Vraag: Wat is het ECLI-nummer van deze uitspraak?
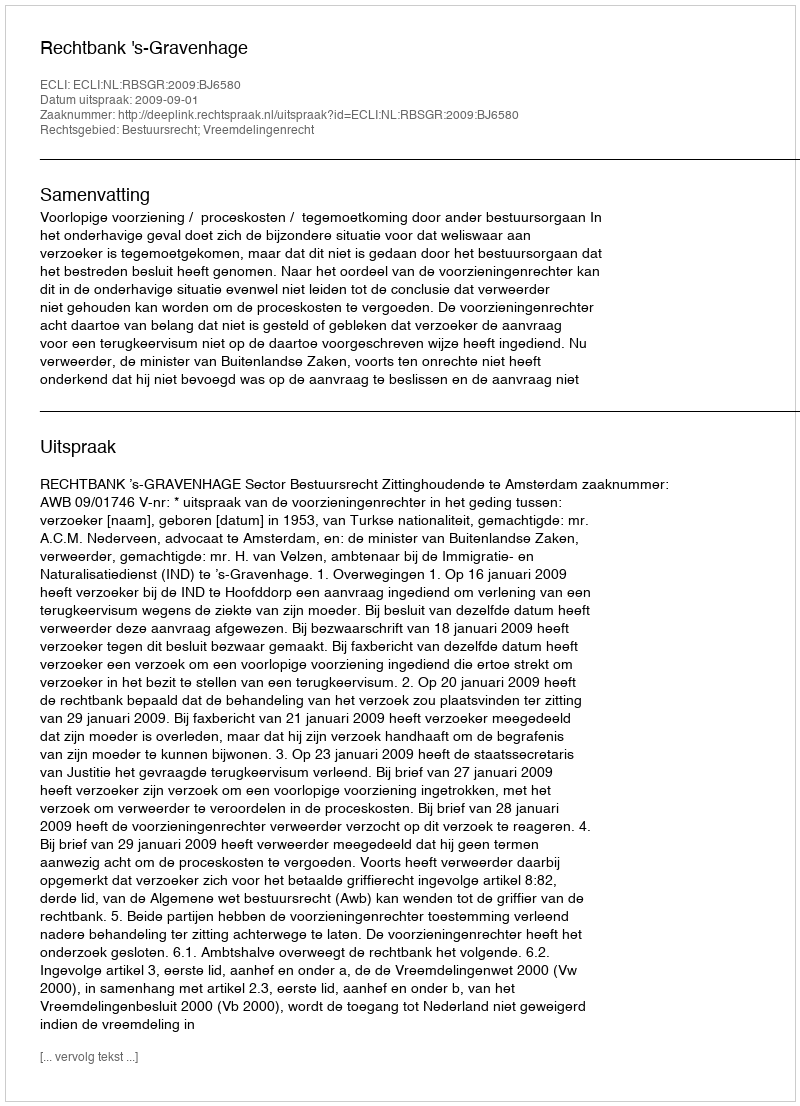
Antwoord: ECLI:NL:RBSGR:2009:BJ6580